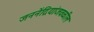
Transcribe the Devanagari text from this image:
जननेंद्रियांजवळील